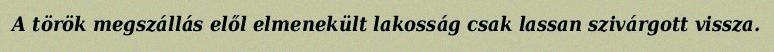
A török megszállás elől elmenekült lakosság csak lassan szivárgott vissza.